Eesti_Rahvusfond, lk 20
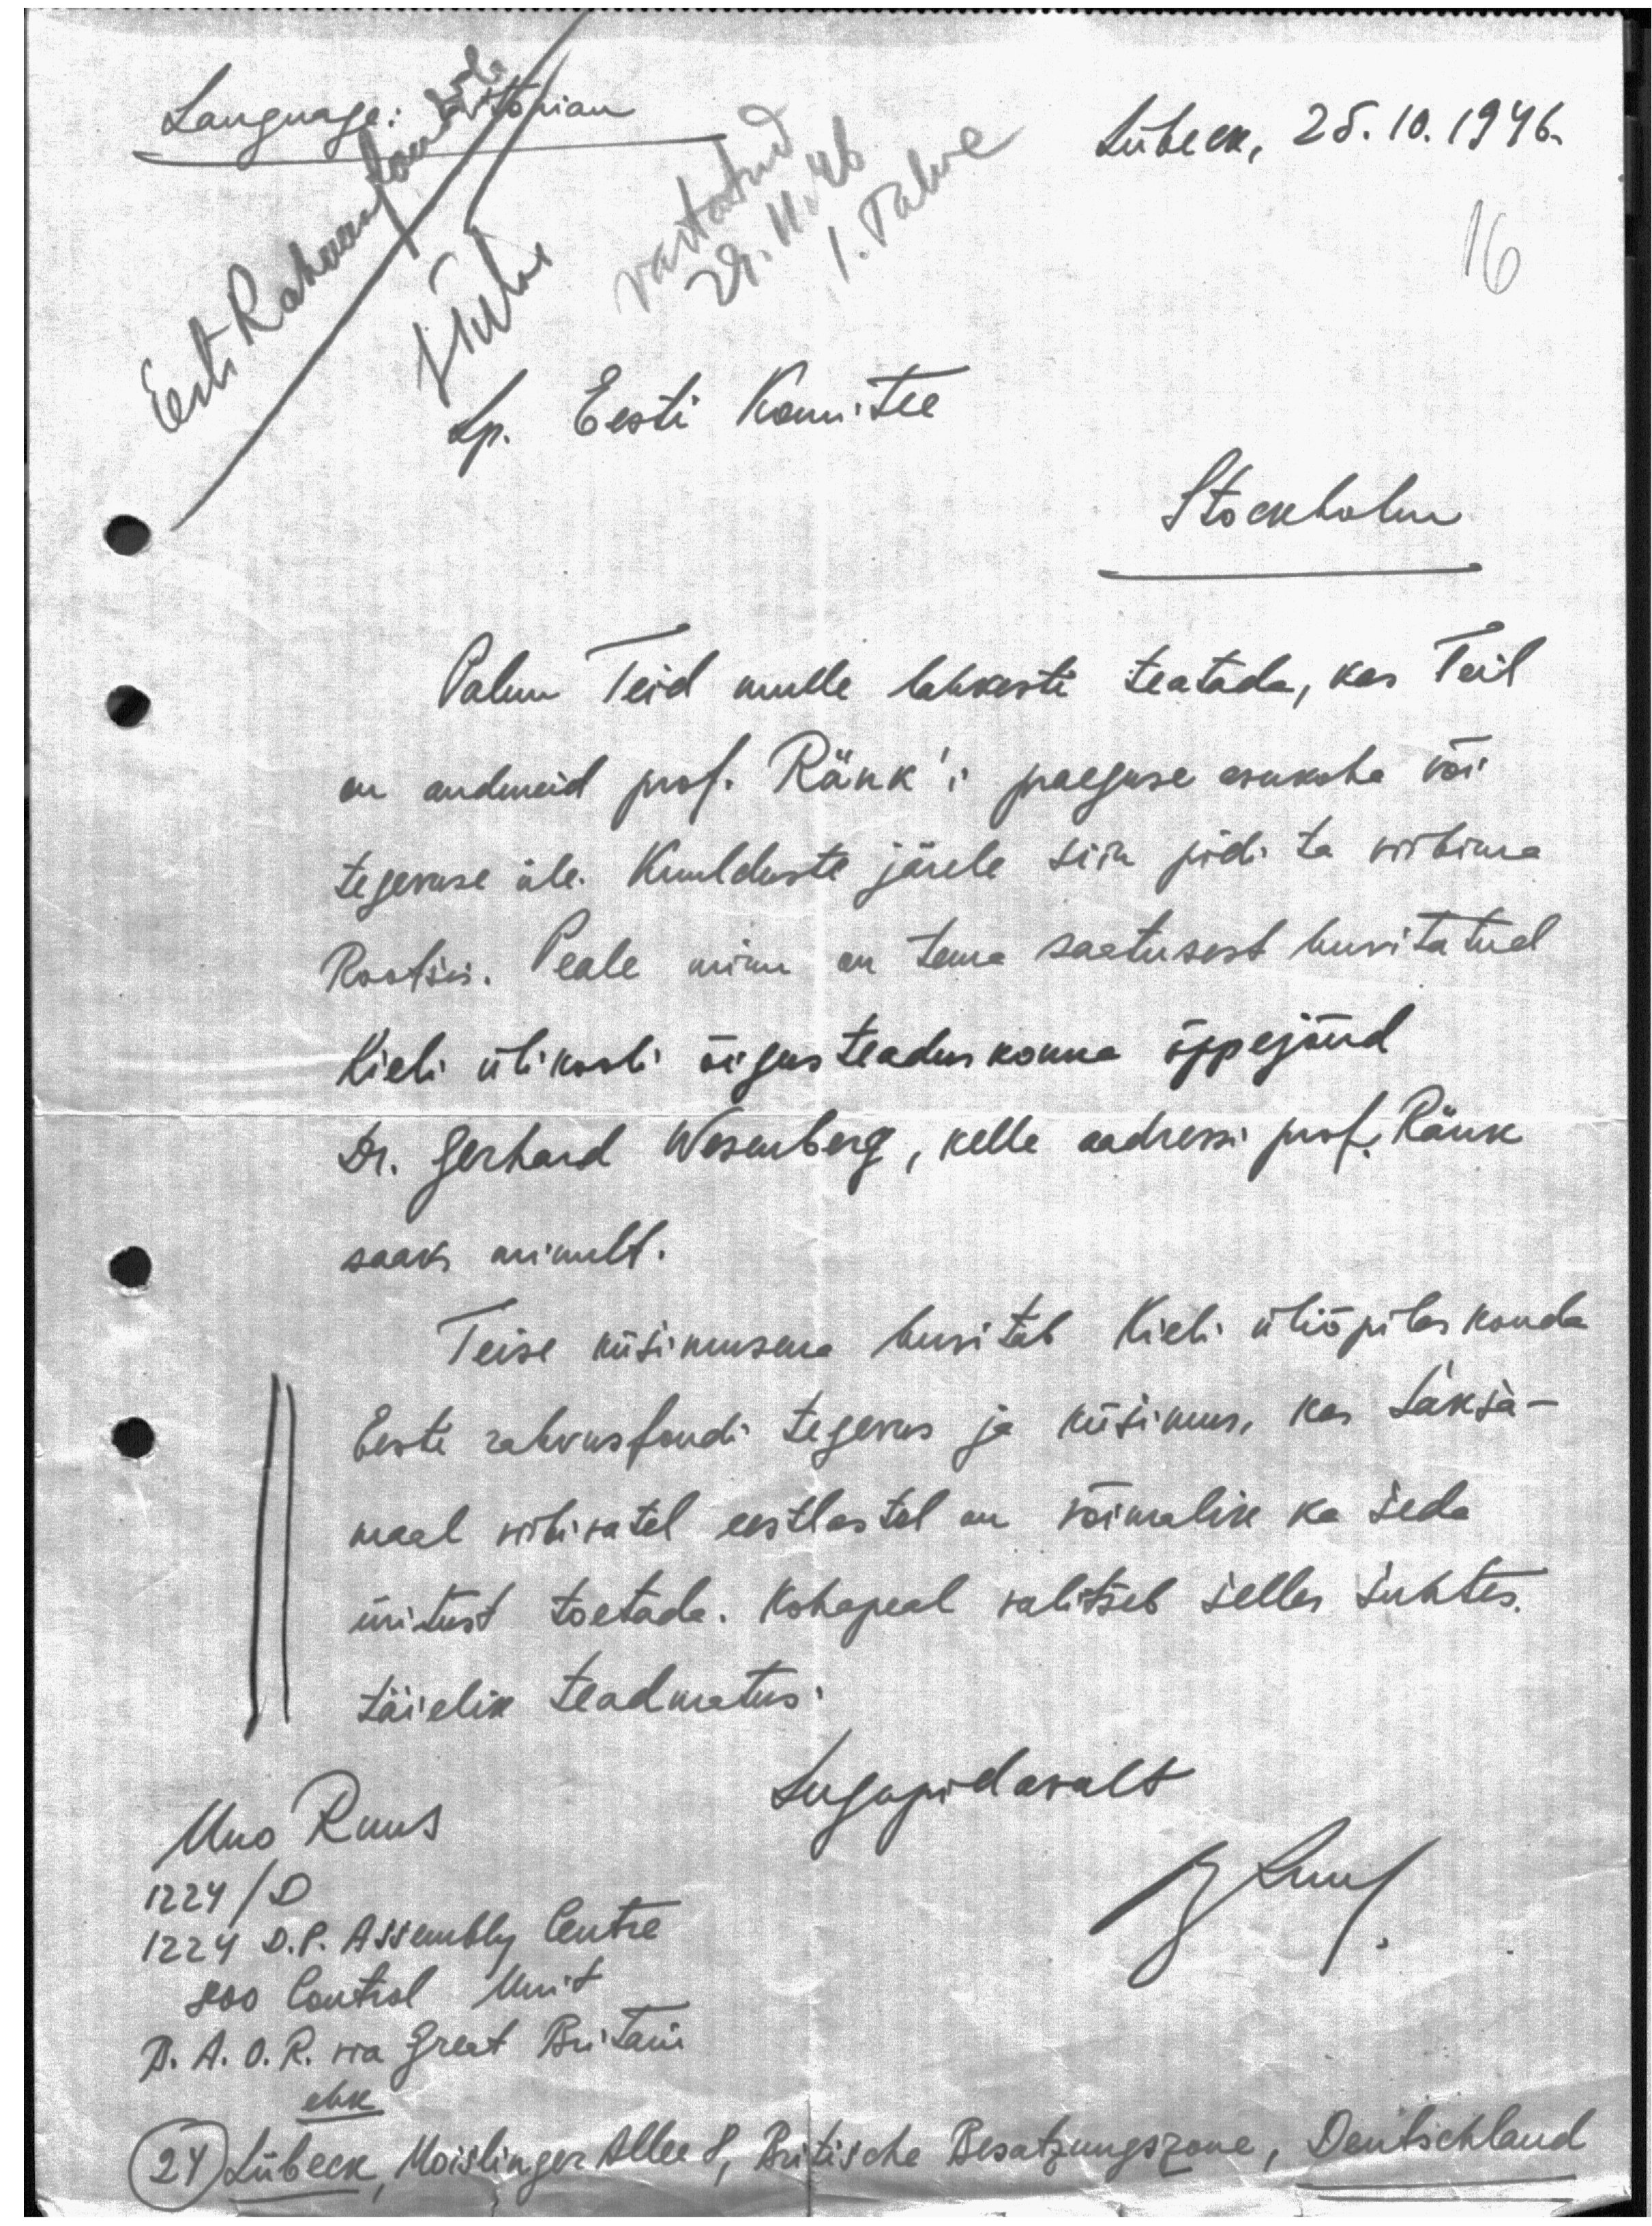
Language: Estonian
Eesti Rahvusfondile
Lübeck, 25.10.1946.
Vastatud
29.11.46
I. Talve
16
Lp. Eesti Komitee
Stockholm
Palun Teid mulle lahkesti teatada, kas Teil
on andmeid prof. Ränk'i praeguse asukoha või
tegevuse üle. Kuulduste järele siin pidi ta viibima
Rootsis. Peale minu on tema saatusest huvitatud
Kieli ülikooli õigusteaduskonna õppejõud
Dr. Gerhard Wesenberg, kelle aadressi prof. Ränk
saaks minult.
Teise küsimusena huvitab Kieli üliõpilaskonda
Eesti rahvusfondi tegevus ja küsimus, kas Saksa-
maal viibivatel eestlastel on võimalik ka seda
üritust toetada. Kohapeal valitseb selles suhtes.
täielik teadmatus.
Uno Ruus
Lugupidavalt
1224/D
1224 D.P. Assembly Centre
U. Ruus
800 Control Unit
B. A. O. R. via Great Britain
ehk
24 Lübeck, Moislinger Allee 8, Britische Besatzungszone, Deutschland